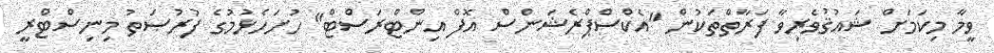
ވީމާ މިކަމަށް ޝައުޤުވެރިވާ ފަރާތްތަކުން "އެކްސްޕްރެޝަންސް އޮފް އިންޓްރަސްޓް" ހުށަހެޅުމުގެ ފުރުޞަތު މިނިސްޓްރީ